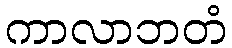
ကာလာဘတံ